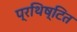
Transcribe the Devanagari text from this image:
प्रथिष्टित